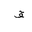
Letter: _qaf